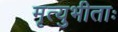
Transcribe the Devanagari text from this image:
मृत्युभीताः